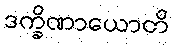
ဒက္ခိဏာယောတိ